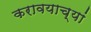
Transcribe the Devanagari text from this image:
करावयाच्यां